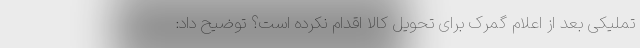
تملیکی بعد از اعلام گمرک برای تحویل کالا اقدام نکرده است؟ توضیح داد: